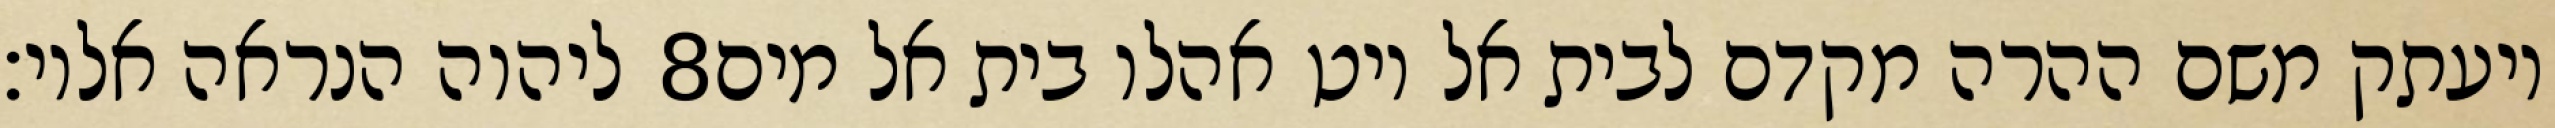
ליהוה הנראה אליו׃ ‎8‏ ויעתק משם ההרה מקדם לבית אל ויט אהלו בית אל מים